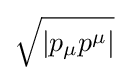
{\sqrt {|p_{\mu }p^{\mu }|}}